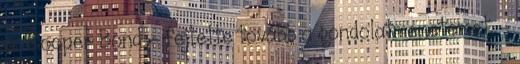
is. Cooper Bond – fejtette tovább a gondolatmenetemet. -